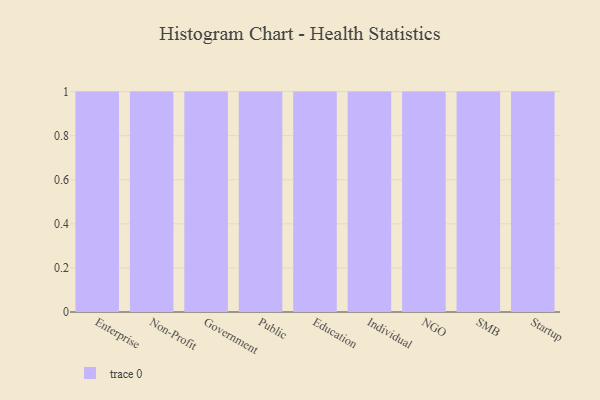
{"axis": {"x": "Segment", "y": "Inventory Turnover"}, "legend": [""], "data": [{"x": "Enterprise", "y": 86, "type": ""}, {"x": "Non-Profit", "y": 45, "type": ""}, {"x": "Government", "y": 46, "type": ""}, {"x": "Public", "y": 43, "type": ""}, {"x": "Education", "y": 89, "type": ""}, {"x": "Individual", "y": 98, "type": ""}, {"x": "NGO", "y": 7, "type": ""}, {"x": "SMB", "y": 71, "type": ""}, {"x": "Startup", "y": 50, "type": ""}]}